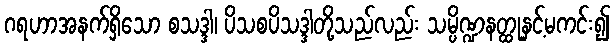
ဂရဟာအနက်ရှိသော စသဒ္ဒါ၊ ပိသစပိသဒ္ဒါတို့သည်လည်း သမ္ပိဏ္ဍနတ္ထုနှင့်မကင်း၍